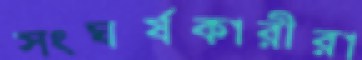
সংঘর্ষকারীরা